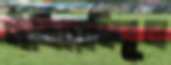
গাঁজিয়েছিলুম